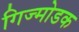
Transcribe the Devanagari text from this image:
गिज्मोडक